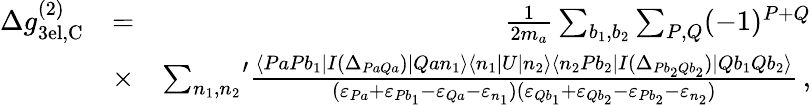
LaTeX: \begin{array}{rlr}{\Delta g_{\mathrm{3el,C}}^{(2)}}&{=}&{\frac{1}{2m_{a}}\sum_{b_{1},b_{2}}\sum_{P,Q}(-1)^{P+Q}}\\ &{\times}&{{\sum_{n_{1},n_{2}}}^{\prime}\frac{\langle PaPb_{1}|I(\Delta_{PaQa})|Qan_{1}\rangle\langle n_{1}|U|n_{2}\rangle\langle n_{2}Pb_{2}|I(\Delta_{Pb_{2}Qb_{2}})|Qb_{1}Qb_{2}\rangle}{(\varepsilon_{Pa}+\varepsilon_{Pb_{1}}-\varepsilon_{Qa}-\varepsilon_{n_{1}})(\varepsilon_{Qb_{1}}+\varepsilon_{Qb_{2}}-\varepsilon_{Pb_{2}}-\varepsilon_{n_{2}})}\, ,}\end{array}